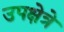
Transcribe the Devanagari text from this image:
उपक्षेत्रे